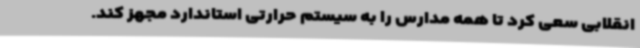
انقلابی سعی کرد تا همه مدارس را به سیستم حرارتی استاندارد مجهز کند.